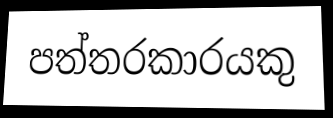
පත්තරකාරයකු